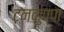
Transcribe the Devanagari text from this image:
टनकुप्पा